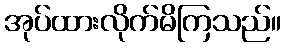
အုပ်ထားလိုက်မိကြသည်။